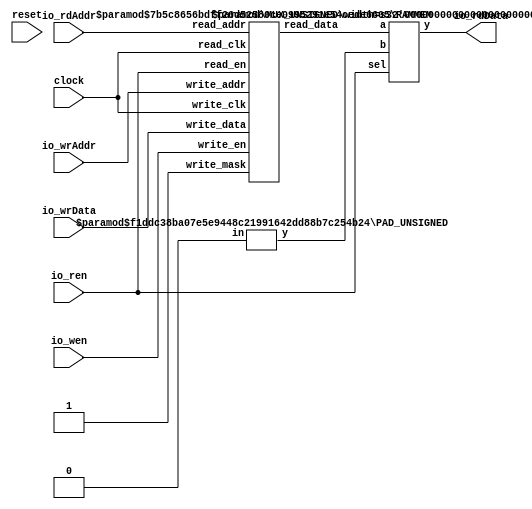
module Memo(
    input clock,
    input reset,
    input io_wen,
    input [7:0] io_wrAddr,
    input [7:0] io_wrData,
    input io_ren,
    input [7:0] io_rdAddr,
    output [7:0] io_rdData
);
    wire mem__T_19_clk;
    wire mem__T_19_en;
    wire mem__T_19_mask;
    wire [7:0] mem__T_19_addr;
    wire [7:0] mem__T_19_data;
    wire [7:0] mem__T_21_data;
    wire mem__T_21_clk;
    wire mem__T_21_en;
    wire [7:0] mem__T_21_addr;
    RAMMEM #(.depth(256), .addrbits(8), .width(8), .isSyncRead(0)) mem (
        .read_data(mem__T_21_data),
        .read_clk(mem__T_21_clk),
        .read_en(mem__T_21_en),
        .read_addr(mem__T_21_addr),
        .write_clk(mem__T_19_clk),
        .write_en(mem__T_19_en),
        .write_mask(mem__T_19_mask),
        .write_addr(mem__T_19_addr),
        .write_data(mem__T_19_data)
    );
    assign mem__T_19_addr = io_wrAddr;
    assign mem__T_19_en = io_wen;
    assign mem__T_19_clk = clock;
    assign mem__T_19_mask = 1'h1;
    assign mem__T_21_addr = io_rdAddr;
    assign mem__T_21_en = io_ren;
    assign mem__T_21_clk = clock;
    wire [7:0] _WTEMP_0;
    PAD_UNSIGNED #(.width(1), .n(8)) u_pad_1 (
        .y(_WTEMP_0),
        .in(1'h0)
    );
    MUX_UNSIGNED #(.width(8)) u_mux_2 (
        .y(io_rdData),
        .sel(io_ren),
        .a(mem__T_21_data),
        .b(_WTEMP_0)
    );
    assign mem__T_19_data = io_wrData;
endmodule //Memo
module RAMMEM(read_data, read_clk, read_en, read_addr, write_clk, write_en, write_mask, write_addr, write_data);
    parameter depth = 16;
    parameter addrbits = 4;
    parameter width = 32;
    parameter isSyncRead = 0;
    output [width-1:0] read_data;
    input read_clk;
    input read_en;
    input [addrbits-1:0] read_addr;
    input write_clk;
    input write_en;
    input write_mask;
    input [addrbits-1:0] write_addr;
    input [width-1:0] write_data;
    reg [width-1:0] memcore [0:depth-1];
    wire [addrbits-1:0] final_read_addr;
    generate
        if (isSyncRead) begin: raddr_processor
            reg [addrbits-1:0] read_addr_pipe_0;
            always @(posedge read_clk) begin
                if (read_en) begin
                    read_addr_pipe_0 <= read_addr;
                end
            end
            assign final_read_addr = read_addr_pipe_0;
        end else begin: raddr_processor
            assign final_read_addr = read_addr;
        end
    endgenerate
    assign read_data = memcore[final_read_addr];
    always @(posedge write_clk) begin
        if (write_en & write_mask) begin
            memcore[write_addr] <= write_data;
        end
    end
endmodule // RAMMEM
module PAD_UNSIGNED(y, in);
    parameter width = 4;
    parameter n = 4;
    output [(n > width ? n : width)-1:0] y;
    input [width-1:0] in;
    assign y = (n > width) ? {{(n - width){1'b0}}, in} : in;
endmodule // PAD_UNSIGNED
module MUX_UNSIGNED(y, sel, a, b);
    parameter width = 4;
    output [width-1:0] y;
    input sel;
    input [width-1:0] a;
    input [width-1:0] b;
    assign y = sel ? a : b;
endmodule // MUX_UNSIGNED